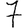
Digit: 7